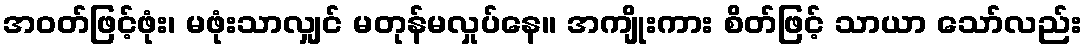
အဝတ်ဖြင့်ဖုံး၊ မဖုံးသာလျှင် မတုန်မလှုပ်နေ။ အကျိုးကား စိတ်ဖြင့် သာယာ သော်လည်း